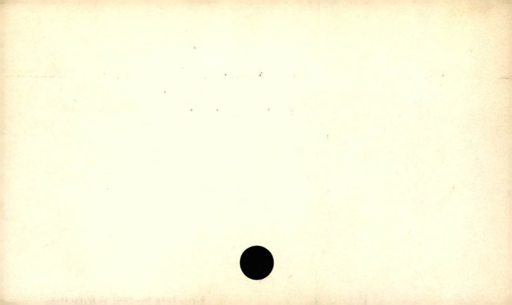
Label: blank